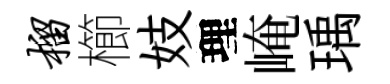
榴櫛妓理崦瑀